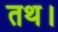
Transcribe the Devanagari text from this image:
तथ।